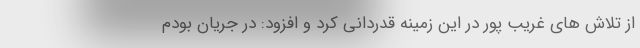
از تلاش های غریب پور در این زمینه قدردانی کرد و افزود: در جریان بودم